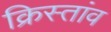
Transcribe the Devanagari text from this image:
क्रिस्तांव